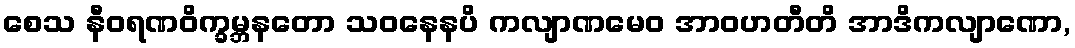
စေသ နီဝရဏဝိက္ခမ္ဘနတော သဝနေနပိ ကလျာဏမေဝ အာဝဟတီတိ အာဒိကလျာဏော,